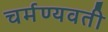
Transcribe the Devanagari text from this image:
चर्मण्यवती